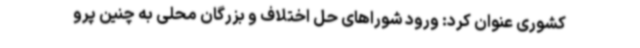
کشوری عنوان کرد: ورود شوراهای حل اختلاف و بزرگان محلی به چنین پرو